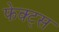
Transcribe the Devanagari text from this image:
फेक्ट्स